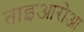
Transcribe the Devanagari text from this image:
ताइआरोआ